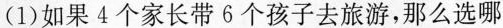
(1)如果4个家长带6个孩子去旅游，那么选哪